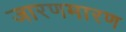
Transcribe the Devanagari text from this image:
जारणमारण